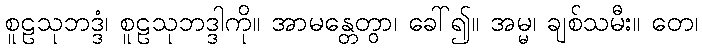
စူဠသုဘဒ္ဒံ၊ စူဠသုဘဒ္ဒါကို။ အာမန္တေတွာ၊ ခေါ်၍။ အမ္မ၊ ချစ်သမီး။ တေ၊